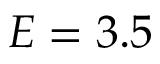
E = 3 . 5